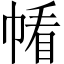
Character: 𱜰